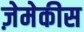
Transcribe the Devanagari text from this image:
ज़ेमेकीस